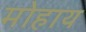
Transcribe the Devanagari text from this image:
मोहाय